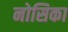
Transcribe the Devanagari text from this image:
नोसिका